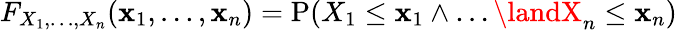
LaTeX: F_{X_{1},\ldots,X_{n}}(\mathbf{x}_{1},\ldots,\mathbf{x}_{n})=\operatorname{P}(X_{1}\leq\mathbf{x}_{1}\land\ldots\landX_{n}\leq\mathbf{x}_{n})